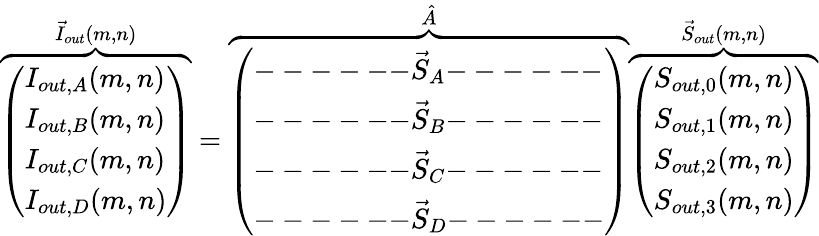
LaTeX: \overbrace{\left(\begin{array}{l}{I_{out,A}(m,n)}\\ {I_{out,B}(m,n)}\\ {I_{out,C}(m,n)}\\ {I_{out,D}(m,n)}\end{array}\right)}^{\vec{I}_{out}(m,n)}=\overbrace{\left(\begin{array}{l}{\mathrm{------}\vec{S}_{A}\mathrm{------}}\\ {\mathrm{------}\vec{S}_{B}\mathrm{------}}\\ {\mathrm{------}\vec{S}_{C}\mathrm{------}}\\ {\mathrm{------}\vec{S}_{D}\mathrm{------}}\end{array}\right)}^{\hat{A}}\overbrace{\left(\begin{array}{l}{S_{out,0}(m,n)}\\ {S_{out,1}(m,n)}\\ {S_{out,2}(m,n)}\\ {S_{out,3}(m,n)}\end{array}\right)}^{\vec{S}_{out}(m,n)}